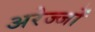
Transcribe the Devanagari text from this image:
अरेज्जों